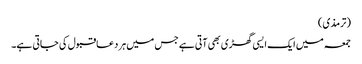
(ترمذی)
جمعہ میں ایک ایسی گھڑی بھی آتی ہے جس میں ہر دعاقبول کی جاتی ہے۔